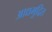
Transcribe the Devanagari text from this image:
आद्यमुद्रित